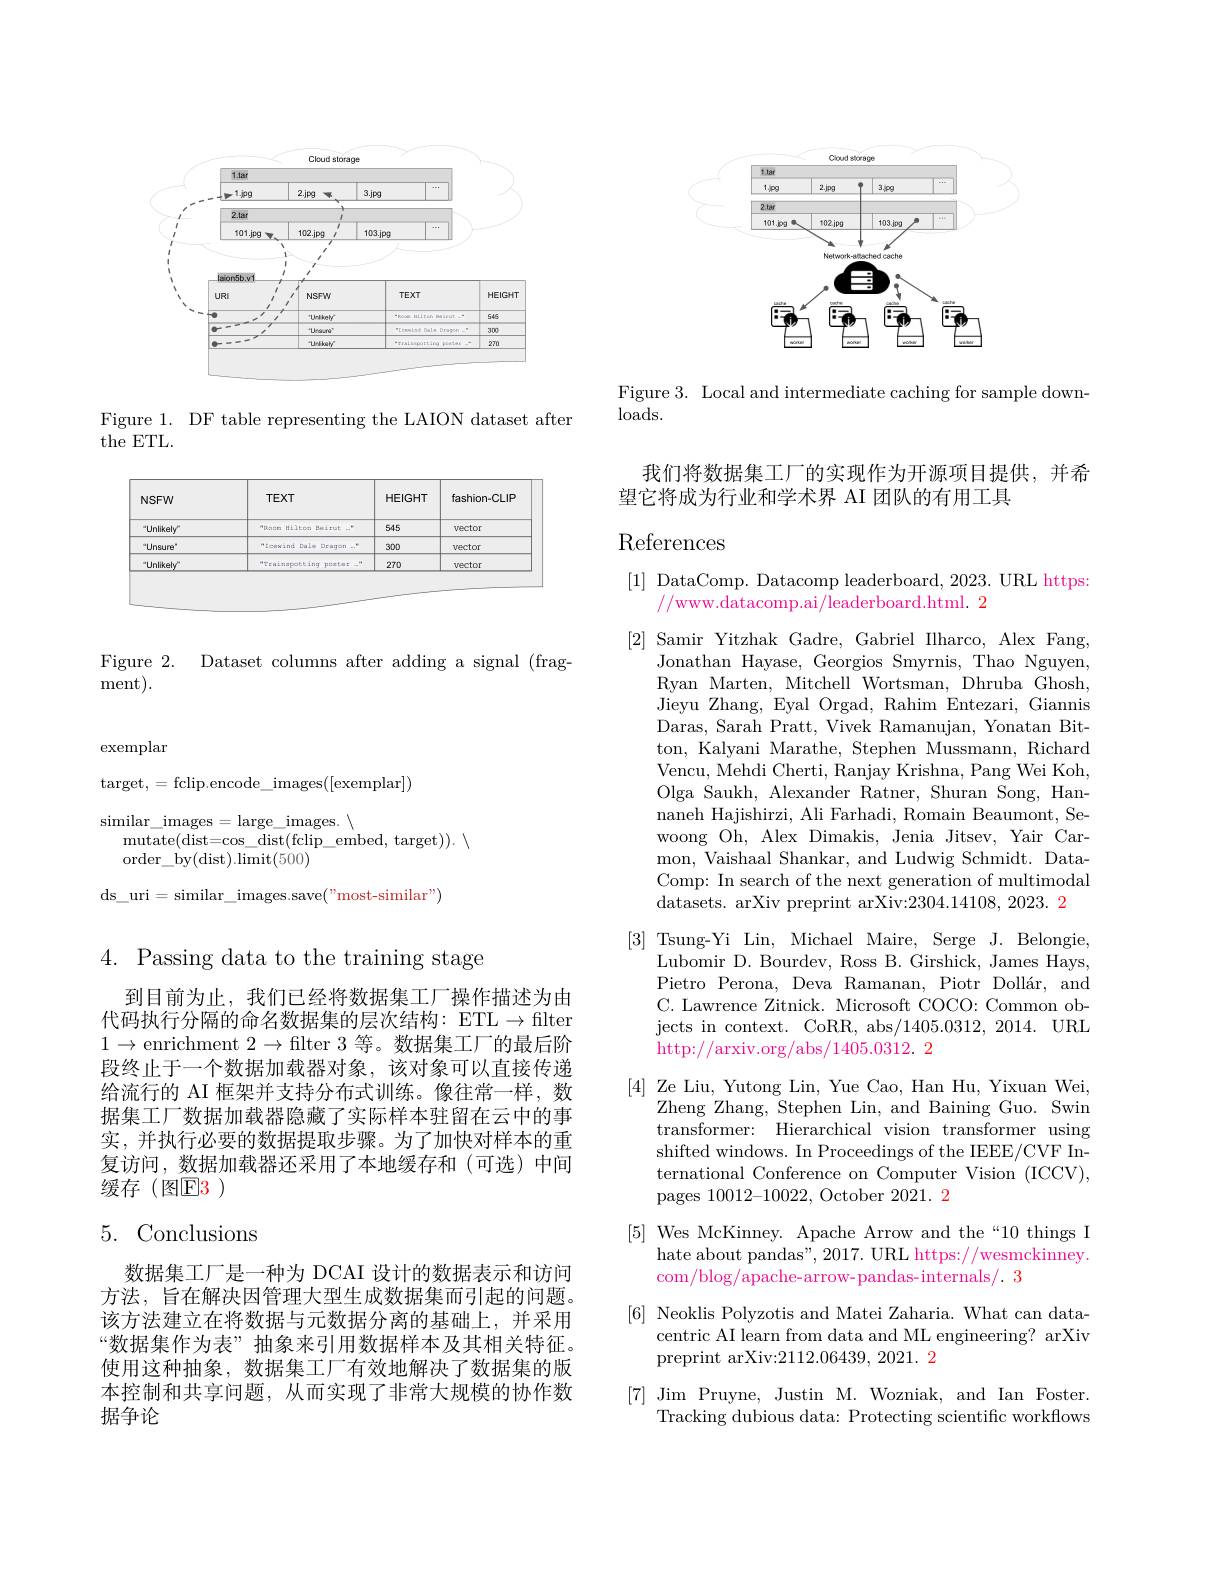
<FigureHere>

Figure 1. DF table representing the LAION dataset after
the ETL.

<table>
	<tbody>
		<tr>
			<th>$NSFW$</th>
			<th>$TEXT$</th>
			<th>HEIGHT</th>
			<th>fashion-CLIF</th>
		</tr>
		<tr>
			<td>"Unlikely</td>
			<td>WRacen Hilton Beixut..</td>
			<td>545</td>
			<td>vector</td>
		</tr>
		<tr>
			<td>'Unsure</td>
			<td>HIcawind Dule D Dragon 7. $a_{1}=\frac{1}{2}$</td>
			<td>300</td>
			<td>vector</td>
		</tr>
		<tr>
			<td>"Unlikely</td>
			<td>rerreainapotting $pontar=-m$ 1</td>
			<td>270</td>
			<td>vector</td>
		</tr>
	</tbody>
</table>

Figure 2. Dataset columns after adding a signal (frag-
ment).

exemplar

target,=fclip.encode\_images([exemplar])
similar\_images=large\_images.$\backslash$
mutate( dist= cos$\_$dist( fclip$\_$embed, target) ) .
order$\_$by( dist) . limit( 500)
ds\_uri=similar\_images.save("most-similar")

4. Passing data to the training stage

到目前为止，我们已经将数据集工厂操作描述为由代码执行分隔的命名数据集的层次结构：ETL$\to$flter $1\to$enrichment $2\to$filter 3 等。数据集工厂的最后阶段终止于一个数据加载器对象，该对象可以直接传递给流行的 AI 框架并支持分布式训练。像往常一样，数据集工厂数据加载器隐藏了实际样本驻留在云中的事实，并执行必要的数据提取步骤。为了加快对样本的重复访问，数据加载器还采用了本地缓存和(可选)中间缓存(图E3)

## 5. Conclusions

数据集工厂是一种为 DCAI 设计的数据表示和访问方法，旨在解决因管理大型生成数据集而引起的问题。该方法建立在将数据与元数据分离的基础上，并采用“数据集作为表” 抽象来引用数据样本及其相关特征。使用这种抽象，数据集工厂有效地解决了数据集的版本控制和共享问题，从而实现了非常大规模的协作数据争论

<FigureHere>

Figure 3. Local and intermediate caching for sample down-
$\log$ds.

我们将数据集工厂的实现作为开源项目提供，并希
望它将成为行业和学术界 AI 团队的有用工具

## References

[1] DataComp. Datacomp leaderboard, 2023. URL https:
$//\bar{\text{www.datacomp.ai/leaderboard.html. }2}$

[2] Samir Yitzhak Gadre, Gabriel Ilharco, Alex Fang,
Jonathan Hayase, Georgios Smyrnis, Thao Nguyen, Ryan Marten, Mitchell Wortsman, Dhruba Ghosh, Jieyu Zhang, Eyal Orgad, Rahim Entezari, Giannis Daras, Sarah Pratt, Vivek Ramanujan, Yonatan Bitton, Kalyani Marathe, Stephen Mussmann, Richard Vencu, Mehdi Cherti, Ranjay Krishna, Pang Wei Koh, Olga Saukh, Alexander Ratner, Shuran Song, Hannaneh Hajishirzi, Ali Farhadi, Romain Beaumont, Sewoong Oh, Alex Dimakis, Jenia Jitsev, Yair Carmon, Vaishaal Shankar, and Ludwig Schmidt. DataComp: In search of the next generation of multimodal datasets. arXiv preprint arXiv:2304.14108, 2023. 2
[3] Tsung-Yi Lin, Michael Maire, Serge J. Belongie,
Lubomir D. Bourdev, Ross B. Girshick, James Hays, Pietro Perona, Deva Ramanan, Piotr Dollár, and C. Lawrence Zitnick. Microsoft COCO: Common objects in context. CoRR, abs/1405.0312, 2014. URL http://arxiv.org/abs/1405.0312. 2
[4] Ze Liu, Yutong Lin, Yue Cao, Han Hu, Yixuan Wei,
Zheng Zhang, Stephen Lin, and Baining Guo. Swin transformer: Hierarchical vision transformer using shifted windows. In Proceedings of the IEEE/CVF International Conference on Computer Vision (ICCV), pages 10012-10022, October 2021. 2
[5] Wes McKinney. Apache Arrow and the“10 things I
hate about pandas", 2017. URL https://wesmckinney.
com/blog/apache-arrow- pandas-internals/. 3
[6] Neoklis Polyzotis and Matei Zaharia. What can data-
centric AI learn from data and ML engineering? arXiv
preprint arXiv:2112.06439, 2021. 2
[7] Jim Pruyne, Justin M. Wozniak, and Ian Foster.
Tracking dubious data: Protecting scientific workflows